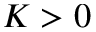
K > 0